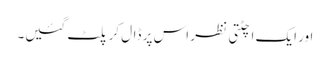
اور ایک اچٹتی نظر اس پر ڈال کر پلٹ گئیں۔